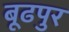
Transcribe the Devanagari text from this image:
बूढपुर